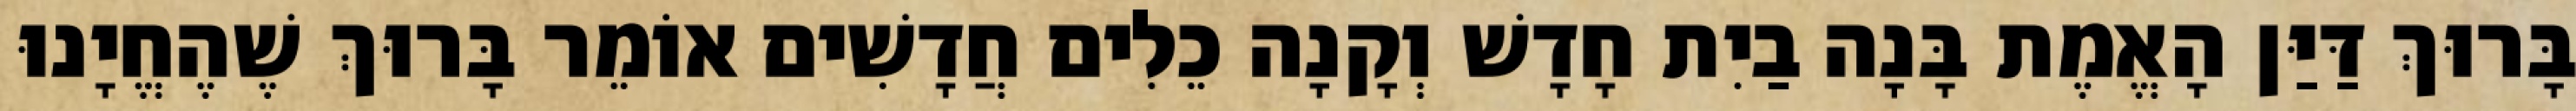
בָּרוּךְ דַּיַּן הָאֱמֶת בָּנָה בַיִת חָדָשׁ וְקָנָה כֵלִים חֲדָשִׁים אוֹמֵר בָּרוּךְ שֶׁהֶחֱיָנוּ